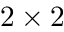
2 \times 2